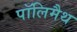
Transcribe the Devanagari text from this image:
पॉलिमैथ